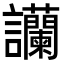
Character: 𧮧